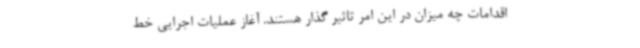
اقدامات چه میزان در این امر تاثیر گذار هستند. آغاز عملیات اجرایی خط